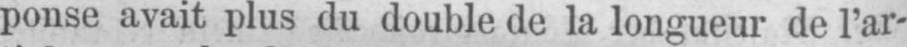
ponse avait plus du double de la longueur de l’ar-